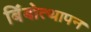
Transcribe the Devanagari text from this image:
बिंबोत्थापन